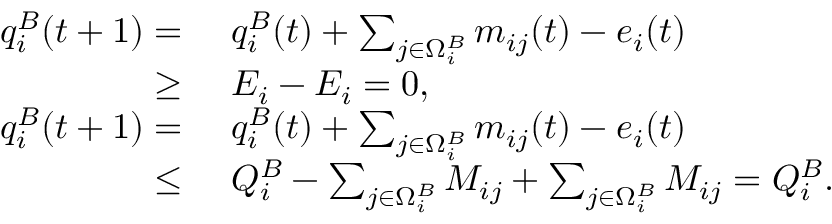
\begin{array} { r l } { q _ { i } ^ { B } ( t + 1 ) = ~ } & { q _ { i } ^ { B } ( t ) + \sum _ { j \in \Omega _ { i } ^ { B } } m _ { i j } ( t ) - e _ { i } ( t ) } \\ { \ge ~ } & { E _ { i } - E _ { i } = 0 , } \\ { q _ { i } ^ { B } ( t + 1 ) = ~ } & { q _ { i } ^ { B } ( t ) + \sum _ { j \in \Omega _ { i } ^ { B } } m _ { i j } ( t ) - e _ { i } ( t ) } \\ { \le ~ } & { Q _ { i } ^ { B } - \sum _ { j \in \Omega _ { i } ^ { B } } M _ { i j } + \sum _ { j \in \Omega _ { i } ^ { B } } M _ { i j } = Q _ { i } ^ { B } . } \end{array}